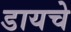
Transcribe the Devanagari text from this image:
डायचे